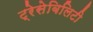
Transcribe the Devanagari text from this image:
ट्रेसेबिलिटी